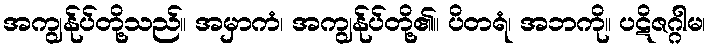
အကျွန်ုပ်တို့သည်။ အမှာကံ၊ အကျွန်ုပ်တို့၏။ ပိတရံ၊ အဘကို။ ပဋိဇဂ္ဂါမ၊